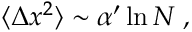
\langle \Delta x ^ { 2 } \rangle \sim \alpha ^ { \prime } \ln N \; ,